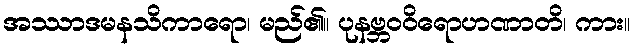
အဿာဒမနသိကာရော၊ မည်၏။ ပုနဗ္ဘဝဝိရောဟဏာတိ၊ ကား။